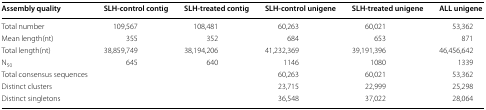
<table><thead><tr><td><b>Assembly quality</b></td><td><b>SLH-control contig</b></td><td><b>SLH-treated contig</b></td><td><b>SLH-control unigene</b></td><td><b>SLH-treated unigene</b></td><td><b>ALL unigene</b></td></tr></thead><tbody><tr><td>Total number</td><td>109,567</td><td>108,481</td><td>60,263</td><td>60,021</td><td>53,362</td></tr><tr><td>Mean length(nt)</td><td>355</td><td>352</td><td>684</td><td>653</td><td>871</td></tr><tr><td>Total length(nt)</td><td>38,859,749</td><td>38,194,206</td><td>41,232,369</td><td>39,191,396</td><td>46,456,642</td></tr><tr><td>N<sub>50</sub></td><td>645</td><td>640</td><td>1146</td><td>1080</td><td>1339</td></tr><tr><td>Total consensus sequences</td><td></td><td></td><td>60,263</td><td>60,021</td><td>53,362</td></tr><tr><td>Distinct clusters</td><td></td><td></td><td>23,715</td><td>22,999</td><td>25,298</td></tr><tr><td>Distinct singletons</td><td></td><td></td><td>36,548</td><td>37,022</td><td>28,064</td></tr></tbody></table>